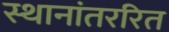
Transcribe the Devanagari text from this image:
स्थानांतररित